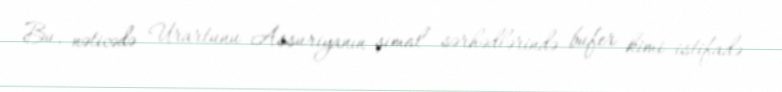
Bu, nəticədə Urartunu Assuriyanın şimal sərhədlərində bufer kimi istifadə